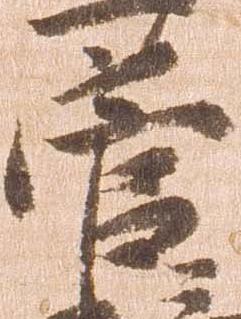
菅